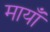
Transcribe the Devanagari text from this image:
मायाँ